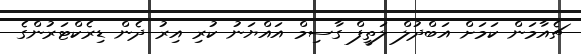
ޗެއާމަން ކަމަށް އަބްދުލް ލަތީފް ގާސިމް އައްޔަނު ކުރި އިރު ދެން ޑިރެކްޓަރުންގެ